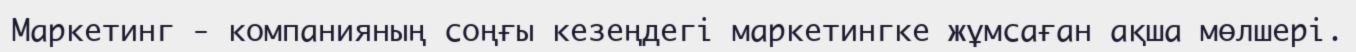
Маркетинг - компанияның соңғы кезеңдегі маркетингке жұмсаған ақша мөлшері.